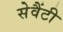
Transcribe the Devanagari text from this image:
सेवैंटी